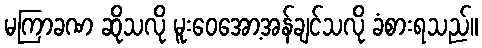
မကြာခဏ ဆိုသလို မူးဝေအော့အန်ချင်သလို ခံစားရသည်။